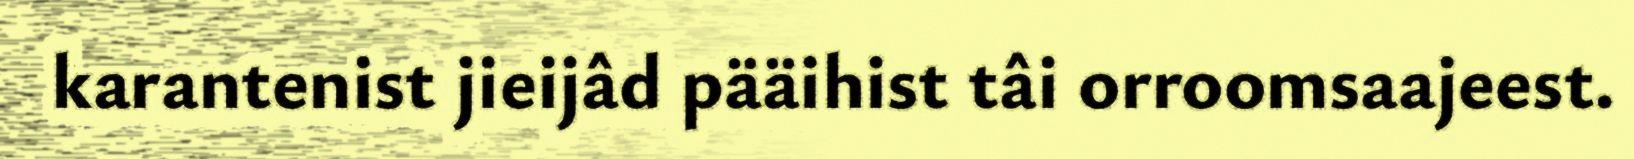
karantenist jieijâd pääihist tâi orroomsaajeest.